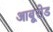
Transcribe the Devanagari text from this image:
आबूरोड